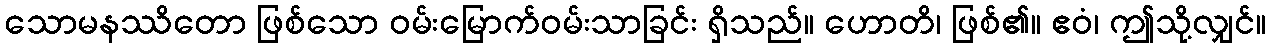
သောမနဿိတော ဖြစ်သော ဝမ်းမြောက်ဝမ်းသာခြင်း ရှိသည်။ ဟောတိ၊ ဖြစ်၏။ ဧဝံ၊ ဤသို့လျှင်။